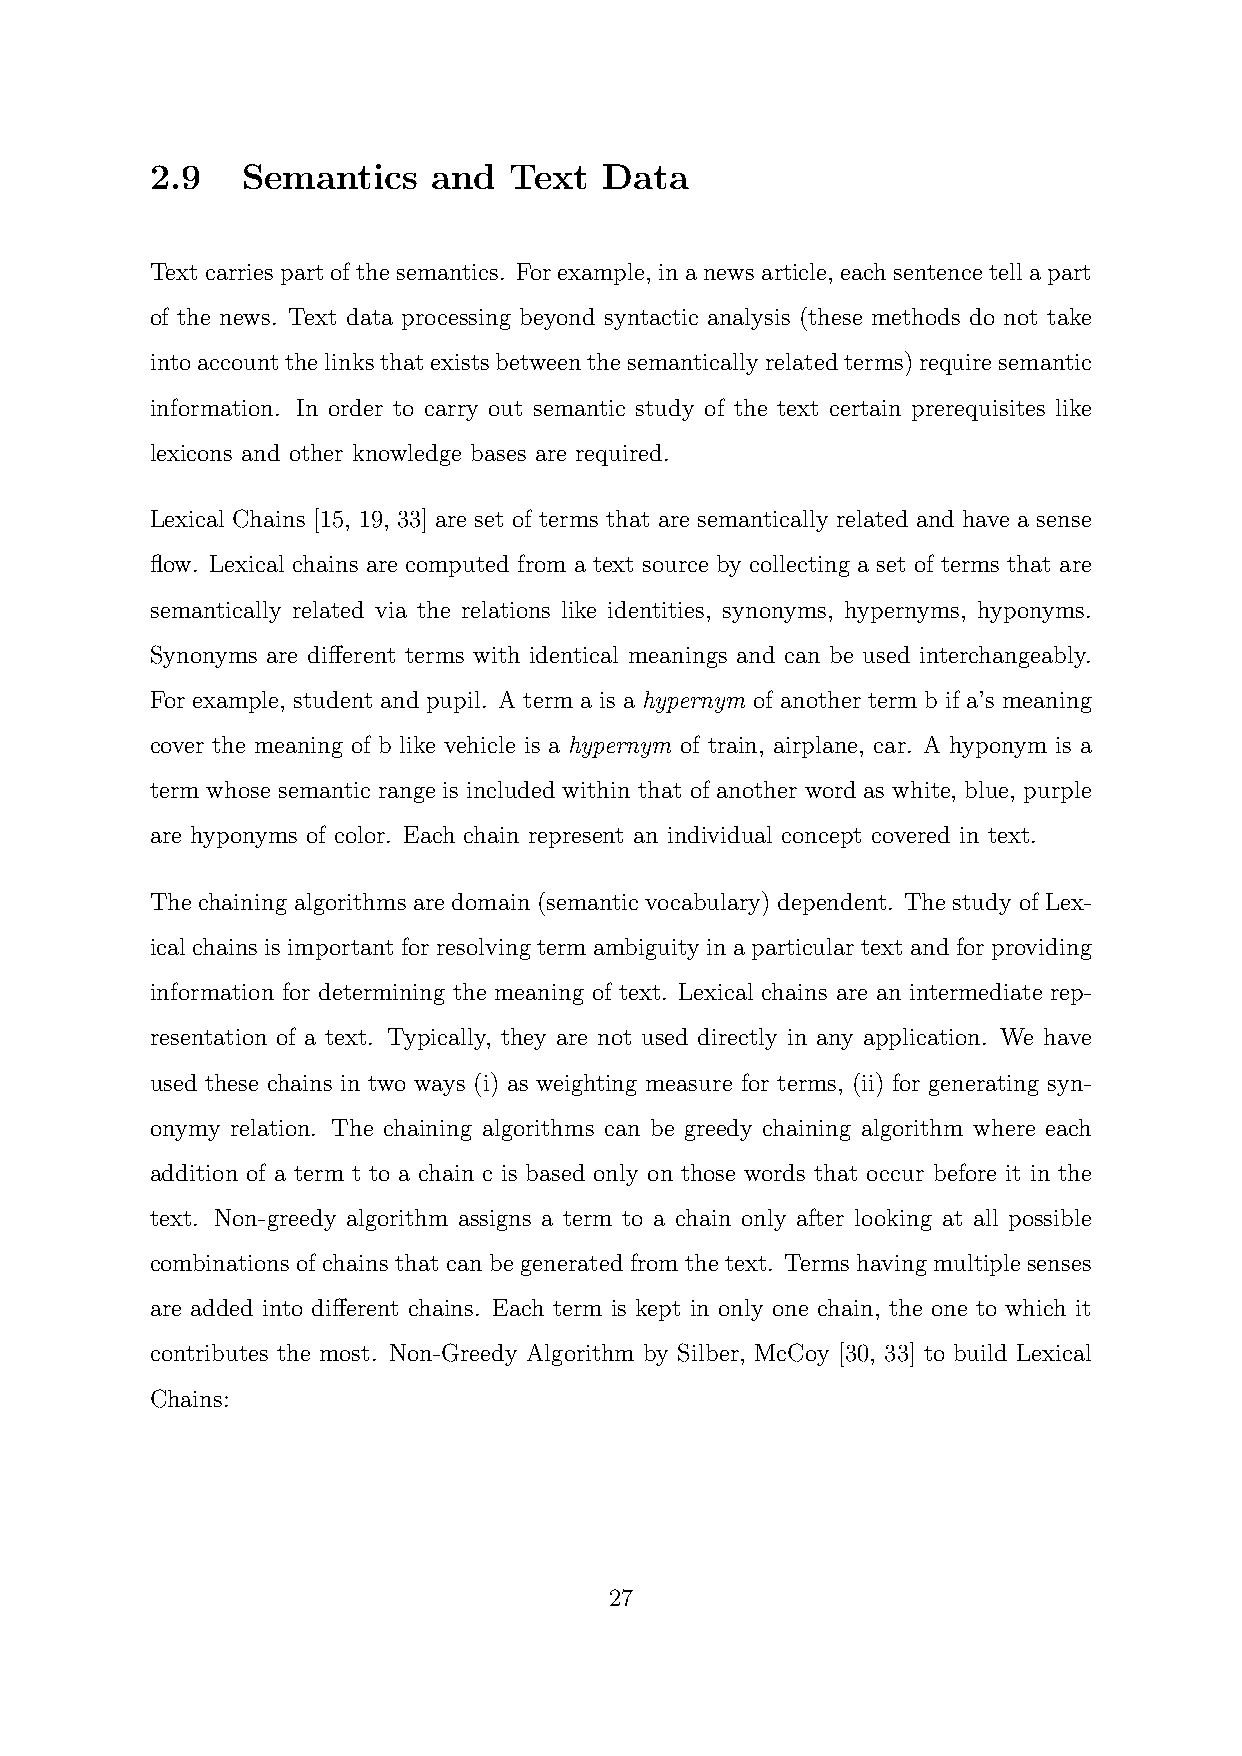
2.9   Semantics    and  Text  Data
 Textcarriespartofthesemantics. Forexample, inanewsarticle, eachsentencetellapart
 of the news. Text data processing beyond syntactic analysis (these methods do not take
 intoaccountthelinksthatexistsbetweenthesemanticallyrelatedterms)requiresemantic
 information. In order to carry out semantic study of the text certain prerequisites like
 lexicons and other knowledge bases are required.
 Lexical Chains [15, 19, 33] are set of terms that are semantically related and have a sense
 flow. Lexical chains are computed from a text source by collecting a set of terms that are
 semantically related via the relations like identities, synonyms, hypernyms, hyponyms.
 Synonyms are different terms with identical meanings and can be used interchangeably.
 For example, student and pupil. A term a is a hypernym of another term b if a’s meaning
 cover the meaning of b like vehicle is a hypernym of train, airplane, car. A hyponym is a
 term whose semantic range is included within that of another word as white, blue, purple
 are hyponyms of color. Each chain represent an individual concept covered in text.
 The chaining algorithms are domain (semantic vocabulary) dependent. The study of Lex-
 ical chains is important for resolving term ambiguity in aparticular text and for providing
 information for determining the meaning of text. Lexical chains are an intermediate rep-
 resentation of a text. Typically, they are not used directly in any application. We have
 used these chains in two ways (i) as weighting measure for terms, (ii) for generating syn-
 onymy relation. The chaining algorithms can be greedy chaining algorithm where each
 addition of a term t to a chain c is based only on those words that occur before it in the
 text. Non-greedy algorithm assigns a term to a chain only after looking at all possible
 combinations of chains that can be generated from the text. Terms having multiple senses
 are added into different chains. Each term is kept in only one chain, the one to which it
 contributes the most. Non-Greedy Algorithm by Silber, McCoy [30, 33] to build Lexical
 Chains:
 27